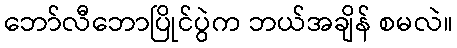
ဘော်လီဘောပြိုင်ပွဲက ဘယ်အချိန် စမလဲ။